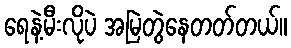
ရေနဲ့မီးလိုပဲ အမြဲတွဲနေတတ်တယ်။